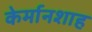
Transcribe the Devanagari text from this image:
केर्मानशाह